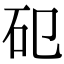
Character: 𥐗